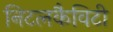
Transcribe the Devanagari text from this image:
निटलकैविटी